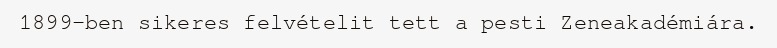
1899-ben sikeres felvételit tett a pesti Zeneakadémiára.